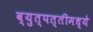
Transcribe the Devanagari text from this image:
व्युत्पत्तीमध्ये